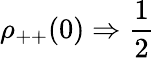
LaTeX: \rho_{++}(0)\Rightarrow{\frac{1}{2}}